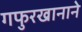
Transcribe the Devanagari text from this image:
गफुरखानाने